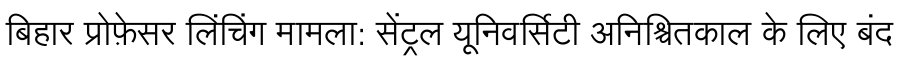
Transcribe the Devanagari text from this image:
बिहार प्रोफ़ेसर लिंचिंग मामला: सेंट्रल यूनिवर्सिटी अनिश्चितकाल के लिए बंद